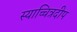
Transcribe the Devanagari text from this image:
स्याच्चित्रदीप